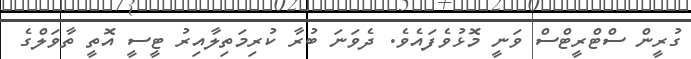
ގުރީން ސްޓްރީޓްސް ވަނީ މޮޅުވެފައެވެ. ދެވަނަ ބުރާ ކުރިމަތިލާއިރު ޓީސީ އޮތީ ތާވަލްގެ